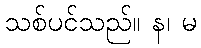
သစ်ပင်သည်။ န၊ မ